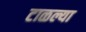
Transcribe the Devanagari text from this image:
टाळल्या